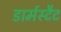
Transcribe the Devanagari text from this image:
डार्मस्टैट